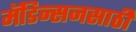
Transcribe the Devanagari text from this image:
मॅडिन्सनसाठी